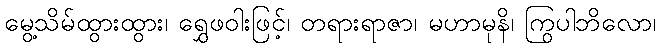
မွေ့သိမ်ထွားထွား၊ ရွှေဖဝါးဖြင့်၊ တရားရာဇာ၊ မဟာမုနိ၊ ကြွပါဘိလော၊